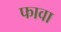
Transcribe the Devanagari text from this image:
फावा